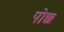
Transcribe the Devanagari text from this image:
पोछ